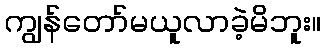
ကျွန်တော်မယူလာခဲ့မိဘူး။